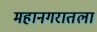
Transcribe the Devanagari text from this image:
महानगरातला